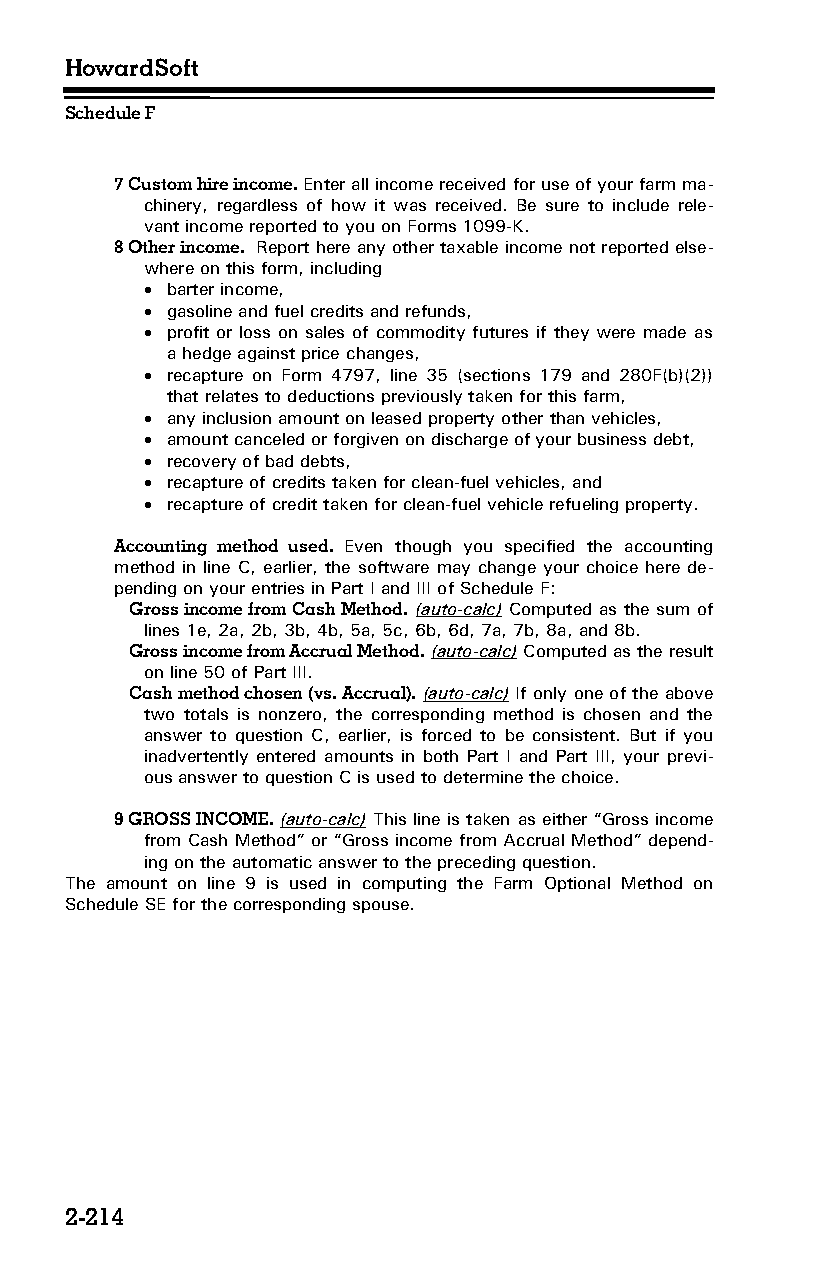
HowardSoft
 Schedule F
 7 Custom hire income. Enter all income received for use of your farm ma­
 chinery, regardless of how it was received. Be sure to include rele­
 vant income reported to you on Forms 1099-K.
 8 Other income. Report here any other taxable income not reported else­
 where on this form, including
  barter income,
  gasoline and fuel credits and refunds,
  profit or loss on sales of commodity futures if they were made as
 a hedge against price changes,
  recapture on Form 4797, line 35 (sections 179 and 280F(b)(2))
 that relates to deductions previously taken for this farm,
  any inclusion amount on leased property other than vehicles,
  amount canceled or forgiven on discharge of your business debt,
  recovery of bad debts,
  recapture of credits taken for clean-fuel vehicles, and
  recapture of credit taken for clean-fuel vehicle refueling property.
 Accounting method used. Even though you specified the accounting
 method in line C, earlier, the software may change your choice here de­
 pending on your entries in Part I and III of Schedule F:
 Gross income from Cash Method. (auto-calc) Computed as the sum of
 lines 1e, 2a, 2b, 3b, 4b, 5a, 5c, 6b, 6d, 7a, 7b, 8a, and 8b.
 Gross income from Accrual Method. (auto-calc) Computed as the result
 on line 50 of Part III.
 Cash method chosen (vs. Accrual). (auto-calc) If only one of the above
 two totals is nonzero, the corresponding method is chosen and the
 answer to question C, earlier, is forced to be consistent. But if you
 inadvertently entered amounts in both Part I and Part III, your previ­
 ous answer to question C is used to determine the choice.
 9 GROSS INCOME. (auto-calc) This line is taken as either “Gross income
 from Cash Method” or “Gross income from Accrual Method” depend­
 ing on the automatic answer to the preceding question.
 The amount on line 9 is used in computing the Farm Optional Method on
 Schedule SE for the corresponding spouse.
 2-214